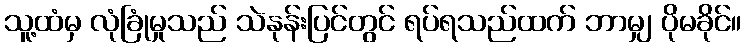
သူ့ထံမှ လုံခြုံမှုသည် သဲနုန်းပြင်တွင် ရပ်ရသည်ထက် ဘာမျှ ပိုမခိုင်။